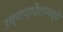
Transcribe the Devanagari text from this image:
उष्णप्रदेशामध्ये